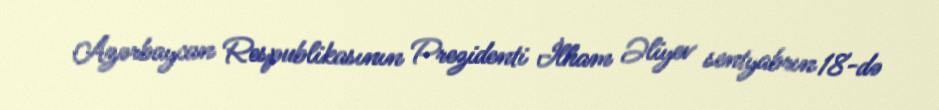
Azərbaycan Respublikasının Prezidenti İlham Əliyev sentyabrın 18-də